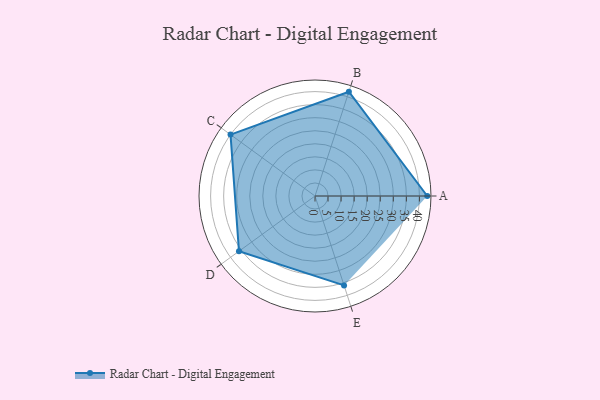
{"axis": {"x": "Skill", "y": "Score"}, "legend": ["Profile"], "data": [{"x": "A", "y": 43.0, "type": "Profile"}, {"x": "B", "y": 42.0, "type": "Profile"}, {"x": "C", "y": 40.0, "type": "Profile"}, {"x": "D", "y": 36.0, "type": "Profile"}, {"x": "E", "y": 36.0, "type": "Profile"}]}